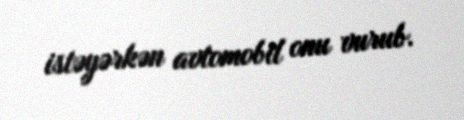
istəyərkən avtomobil onu vurub.